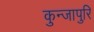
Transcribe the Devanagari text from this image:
कुन्जापुरि